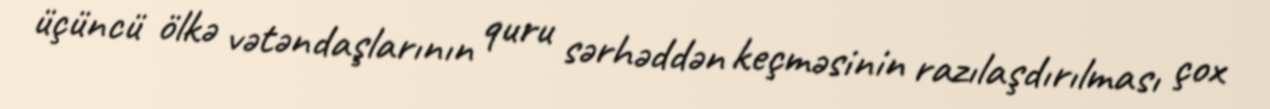
üçüncü ölkə vətəndaşlarının quru sərhəddən keçməsinin razılaşdırılması çox